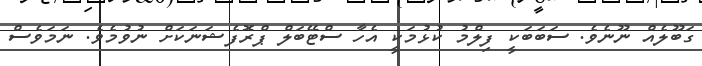
ގަބޫލެއް ނޫނެވެ. ސަބަބަކީ ފިލްމު ކުޅުމަކީ އެހާ ސްޓޭބަލް ޕްރޮފެޝަނަކަށް ނުވުމެވެ. ނަމަވެސް